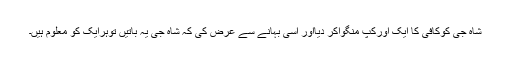
شاہ جی کوکافی کا ایک اورکپ منگواکر دیااور اسی بہانے سے عرض کی کہ شاہ جی یہ باتیں توہرایک کو معلوم ہیں۔